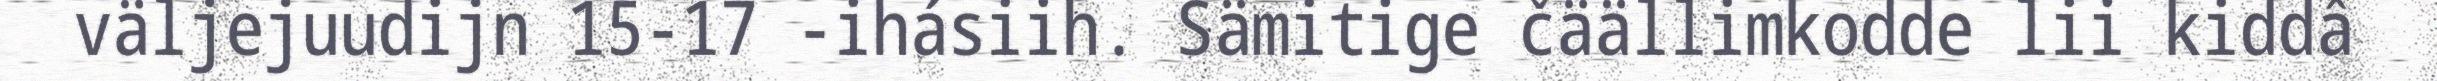
väljejuudijn 15-17 -ihásiih. Sämitige čäällimkodde lii kiddâ